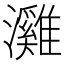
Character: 𤄬